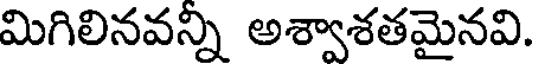
మిగిలినవన్ని అశ్వాశతమైనవి.